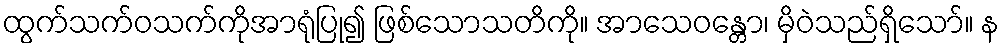
ထွက်သက်ဝသက်ကိုအာရုံပြု၍ ဖြစ်သောသတိကို။ အာသေဝန္တော၊ မှိဝဲသည်ရှိသော်။ န